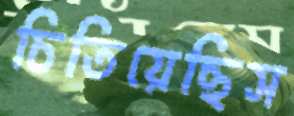
চিতিয়েছিস